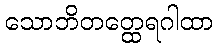
သောဘိတတ္ထေရဂါထာ